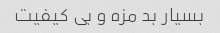
بسیار بد مزه و بی کیفیت